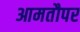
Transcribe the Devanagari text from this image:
आमतौपर